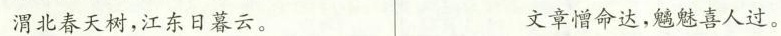
渭北春天树，江东日暮云。 文章憎命达，魑魅喜人过。